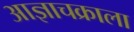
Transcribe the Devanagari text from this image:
आज्ञाचक्राला